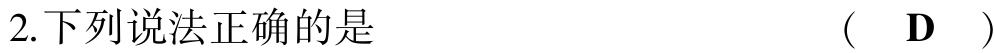
2.下列说法正确的是  （  D  ）